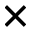
\times